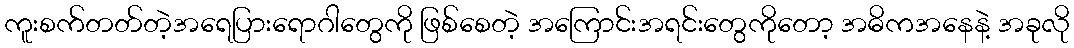
ကူးစက်တတ်တဲ့အရေပြားရောဂါတွေကို ဖြစ်စေတဲ့ အကြောင်းအရင်းတွေကိုတော့ အဓိကအနေနဲ့ အခုလို